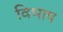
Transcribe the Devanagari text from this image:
विभाष